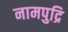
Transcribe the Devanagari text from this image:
नामपुद्रि